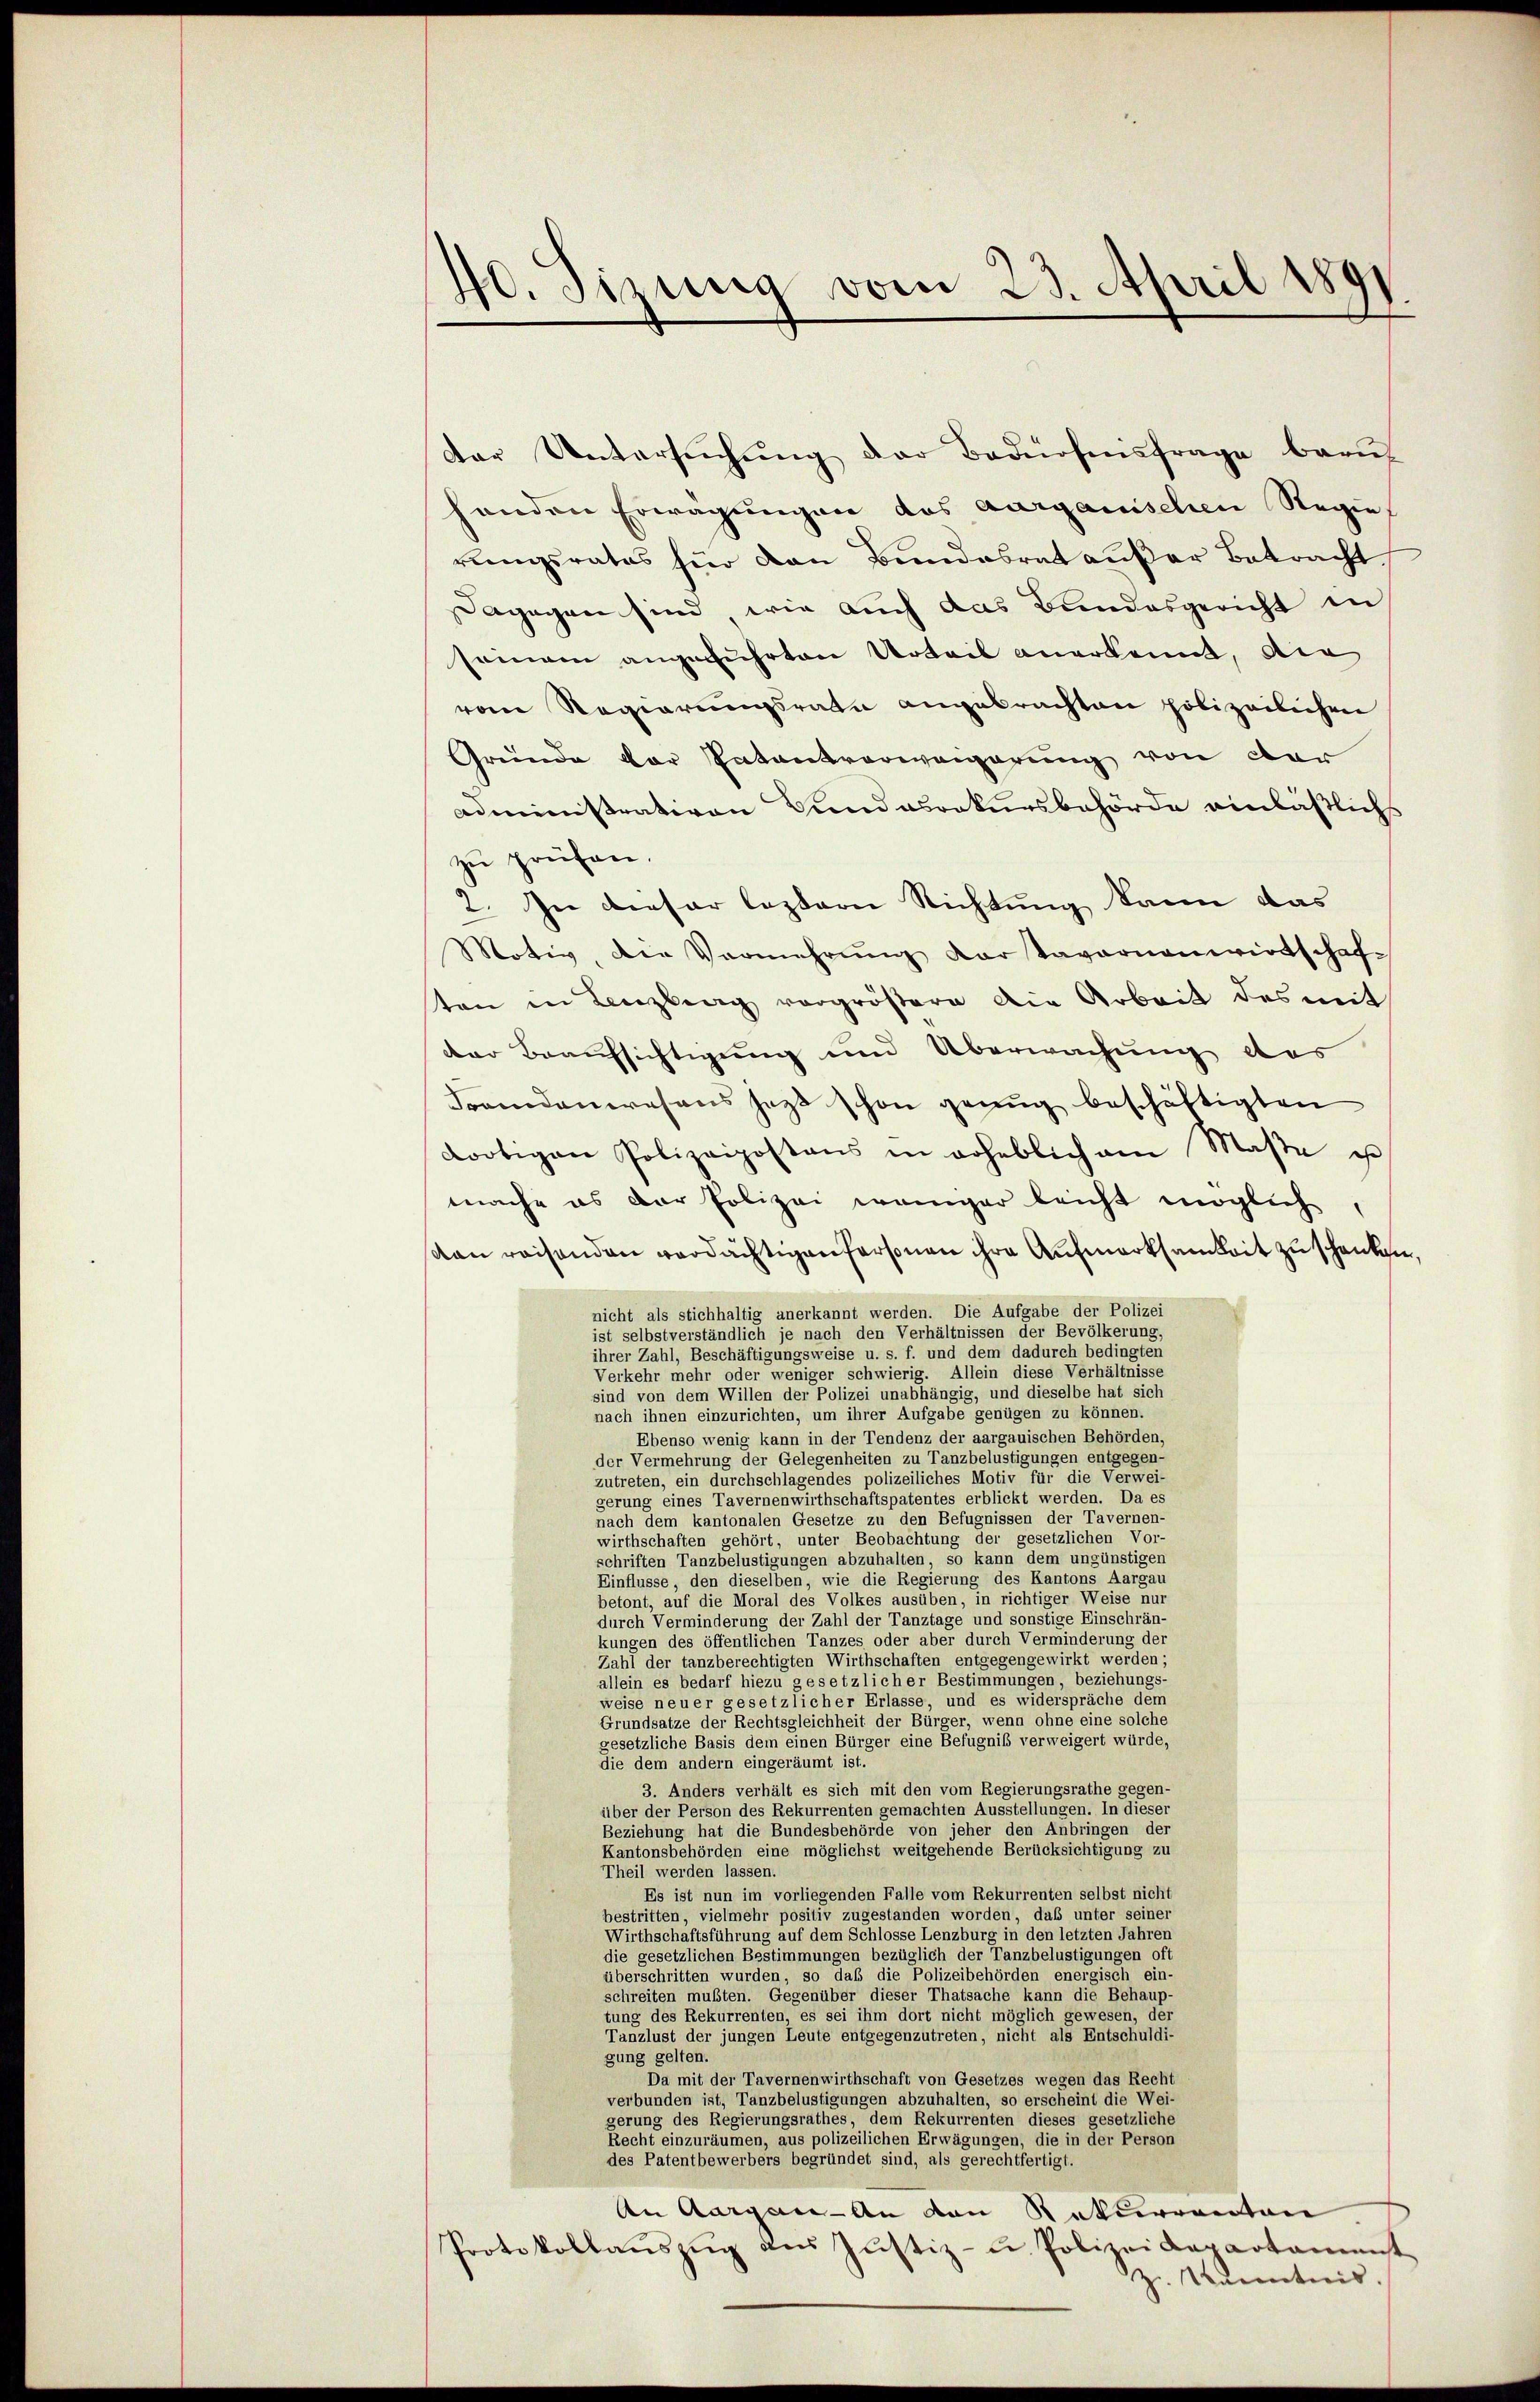
10. Sizung vom 23. April 1891

dar Untersŭchŭng der Badnosensfrage brau
handen Erwägungen des aargauischen Regie
rungsrates für den Bundesrat außer Betracht.
dagegen sind wie auch das Bundesgericht in
seinem angeführten Urteil anerkannt, die
vom Regierungsrate angebrachten polizeilichen
Gründe der Patentverweigerung von der
administrativen Landasrakursbehörde einläßlichs
zu prüfen.
2. In dieser leztere Richtung kann das
Motiv, die Vermehrŭng der Tavernenwirtschaf-
sten in Lenzberg vergrößere die Arbeit des mit
der Braufsichtigung und Überwachung des
Frandanwesens jetzt schon genug beschäftigten
dortigen Polizeipostens in erheblich am Maße es
mache es der Polizei weniger leicht möglich,
van reisenden verdächtigen Personen ihre Aufmerksamkeit zu schenken,
nicht als stichhaltig anerkannt werden. Die Aufgabe der Polizei
ist selbstverständlich je nach den Verhältnissen der Bevölkerung,
ihrer Zahl, Beschäftigungsweise u. s. f. und dem dadurch bedingten
Verkehr mehr oder weniger schwierig. Allein diese Verhältnisse
sind von dem Willen der Polizei unabhängig, und dieselbe hat sich
nach ihnen einzurichten, um ihrer Aufgabe genügen zu können.
Ebenso wenig kann in der Tendenz der aargauischen Behörden,
der Vermehrung der Gelegenheiten zu Tanzbelustigungen entgegen-
zutreten, ein durchschlagendes polizeiliches Motiv für die Verwei-
gerung eines Tavernenwirthschaftspatentes erblickt werden. Da es
nach dem kantonalen Gesetze zu den Befugnissen der Tavernen-
wirthschaften gehört, unter Beobachtung der gesetzlichen Vor-
schriften Tanzbelustigungen abzuhalten, so kann dem ungünstigen
Einflüsse, den dieselben, wie die Regierung des Kantons Aargau
betont, auf die Moral des Volkes ausüben, in richtiger Weise nur
durch Verminderung der Zahl der Tanztage und sonstige Einschrän-
kungen des öffentlichen Tanzes oder aber durch Verminderung der
Zahl der tanzberechtigten Wirthschaften entgegengewirkt werden;
allein es bedarf hiezu gesetzlicher Bestimmungen, beziehungs-
weise neuer gesetzlicher Erlasse, und es widerspräche dem
Grundsätze der Rechtsgleichheit der Bürger, wenn ohne eine solche
gesetzliche Basis dem einen Bürger eine Befugniß verweigert würde,
die dem andern eingeräumt ist.
3. Anders verhält es sich mit den vom Regierungsrathe gegen-
über der Person des Rekurrenten gemachten Ausstellungen. In dieser
Beziehung hat die Bundesbehörde von jeher den Anbringen der
Kantonsbehörden eine möglichst weitgehende Berücksichtigung zu
Theil werden lassen.
Es ist nun im vorliegenden Falle vom Rekurrenten selbst nicht
bestritten, vielmehr positiv zugestanden worden, daß unter seiner
Wirthschaftsführung auf dem Schlosse Lenzburg in den letzten Jahren
die gesetzlichen Bestimmungen bezüglich der Tanzbelustigungen oft
überschritten wurden, so daß die Polizeibehörden energisch ein-
schreiten mußten. Gegenüber dieser Thatsache kann die Behaup-
tung des Rekurrenten, es sei ihm dort nicht möglich gewesen, der
Tanzlust der jungen Leute entgegenzutreten, nicht als Entschuldi-
gung gelten.
Da mit der Tavernenwirthschaft von Gesetzes wegen das Recht
verbunden ist, Tanzbelustigungen abzuhalten, so erscheint die Wei-
gerung des Regierungsrathes, dem Rekurrenten dieses gesetzliche
Recht einzuräumen, aus polizeilichen Erwägungen, die in der Person
des Patentbewerbers begründet sind, als gerechtfertigt.
An Aargau-An von Rekurrenten
Protokollaŭszŭg ans Jŭstiz-u. Polizeidepartamenst
z Kenntnis.